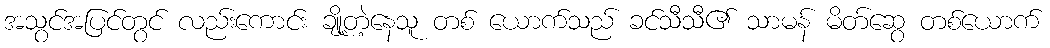
အသွင်အပြင်တွင် လည်းကောင်း ချို့တဲ့နေသူ တစ် ယောက်သည် ခင်သီသီ၏ သာမန် မိတ်ဆွေ တစ်ယောက်